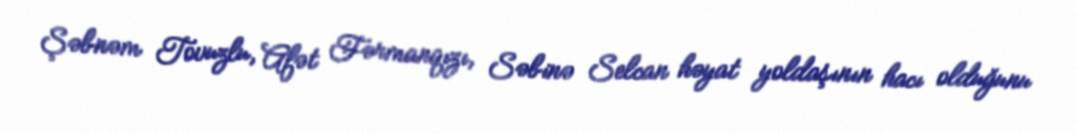
Şəbnəm Tovuzlu, Afət Fərmanqızı, Səbinə Selcan həyat yoldaşının hacı olduğunu